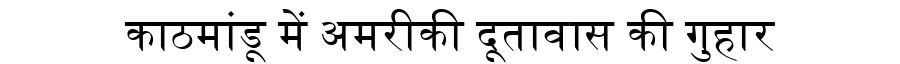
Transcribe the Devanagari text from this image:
काठमांडू में अमरीकी दूतावास की गुहार